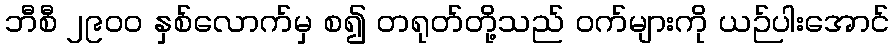
ဘီစီ ၂၉၀၀ နှစ်လောက်မှ စ၍ တရုတ်တို့သည် ဝက်များကို ယဉ်ပါးအောင်